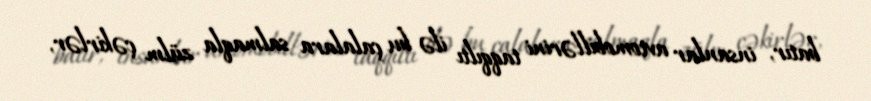
batır, insanlar avtomobillərini taqqıltı ilə bu çalalara salmaqla zülm çəkirlər,